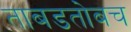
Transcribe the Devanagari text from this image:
ताबडतोबच